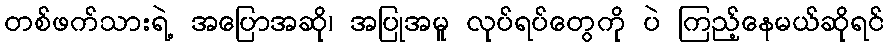
တစ်ဖက်သားရဲ့ အပြောအဆို၊ အပြုအမူ လုပ်ရပ်တွေကို ပဲ ကြည့်နေမယ်ဆိုရင်